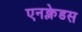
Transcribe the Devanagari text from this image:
एनक्लेडस